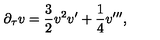
\partial _ { \tau } v = \frac { 3 } { 2 } v ^ { 2 } v ^ { \prime } + \frac { 1 } { 4 } v ^ { \prime \prime \prime } ,